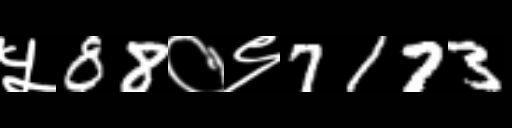
Text: ५88०९7173